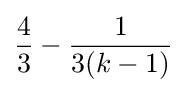
{\frac {4}{3}}-{\frac {1}{3(k-1)}}